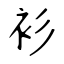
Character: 衫